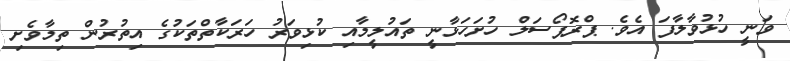
ވަނީ ހުޅުވާލާފަ އެވެ. ޕްރޮޕޯސަލް ހުށަހަޅާނީ ތައުލީމާއި ކުޅިވަރު ހަރަކާތްތަކުގެ އިތުރުން ތިމާވެށި